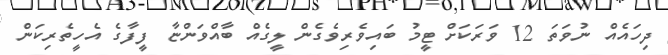
ދިހައެއް ނުވަތަ 12 ވަރަކަށް ޓީމު ބައިވެރިވެގެން ލީގެއް ބާއްވަންޏާ ފީފާގެ އެހީތެރިކަން